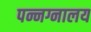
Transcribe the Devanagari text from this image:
पन्नग्नालय